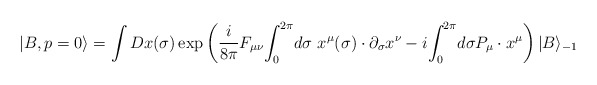
\begin{align*}|B, p=0\rangle =\int Dx(\sigma)\exp\left({i\over 8\pi}F_{\mu\nu}{\int_0}^{2\pi} d\sigma ~x^{\mu}(\sigma)\cdot\partial_{\sigma}x^{\nu}-i{\int_0}^{2\pi} d\sigma P_\mu\cdot x^{\mu}\right)|B\rangle_{-1}\end{align*}